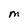
Character: M